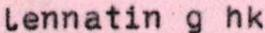
lennatin g hk